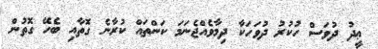
ޢީދު ދުވަސް ހުކުރު ދުވަހަކާ ދިމާވެއްޖެނަމަ ކަންތައް ކުރާނެ ގޮތާއި ބެހޭ ގޮތުން